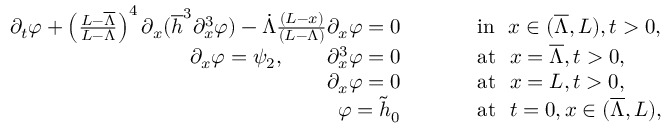
\begin{array} { r l } { \partial _ { t } \varphi + \left( \frac { L - \overline { { \Lambda } } } { L - \Lambda } \right) ^ { 4 } \partial _ { x } ( \overline { { h } } ^ { 3 } \partial _ { x } ^ { 3 } \varphi ) - \dot { \Lambda } \frac { ( L - x ) } { ( L - \Lambda ) } \partial _ { x } \varphi = 0 \qquad \ } & { \mathrm { ~ i n ~ } \ x \in ( \overline { { \Lambda } } , L ) , t > 0 , } \\ { \partial _ { x } \varphi = \psi _ { 2 } , \qquad \partial _ { x } ^ { 3 } \varphi = 0 \qquad \ } & { \mathrm { ~ a t ~ } \ x = \overline { { \Lambda } } , t > 0 , } \\ { \partial _ { x } \varphi = 0 \qquad \ } & { \mathrm { ~ a t ~ } \ x = L , t > 0 , } \\ { \varphi = \tilde { h } _ { 0 } \ \qquad } & { \mathrm { ~ a t ~ } \ t = 0 , x \in ( \overline { { \Lambda } } , L ) , } \end{array}